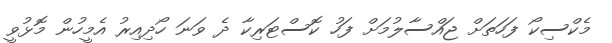
މެކްސިކޯ ފަހަތަށް ޖައްސާލުމަށް ފަހު ކޮސްޓަރިކާ ދެ ވަނަ ހޯދިއިރު އެމީހުން މޮޅުވީ